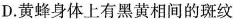
D.黄蜂身体上有黑黄相间的斑纹